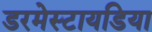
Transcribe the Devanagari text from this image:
डरमेस्टायडिया